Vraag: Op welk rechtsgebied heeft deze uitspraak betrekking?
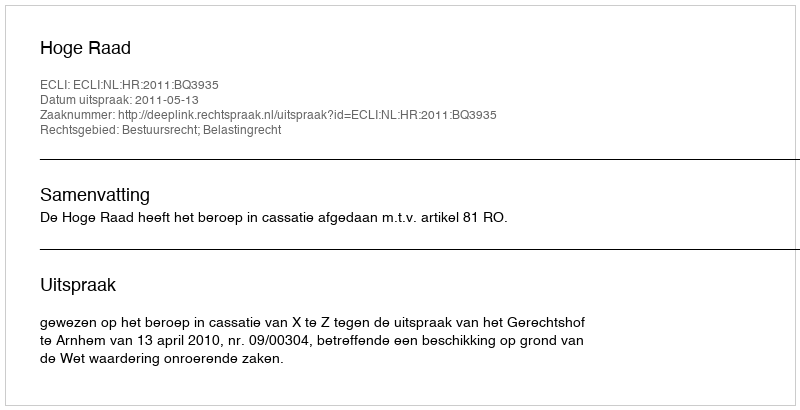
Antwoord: Bestuursrecht; Belastingrecht